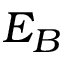
E _ { B }